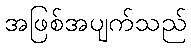
အဖြစ်အပျက်သည်